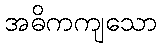
အဓိကကျသော